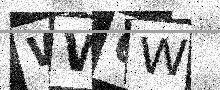
Text: WW6W